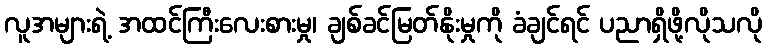
လူအများရဲ့ အထင်ကြီးလေးစားမှု၊ ချစ်ခင်မြတ်နိုးမှုကို ခံချင်ရင် ပညာရှိဖို့လိုသလို